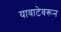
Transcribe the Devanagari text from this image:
यावाटेवरून